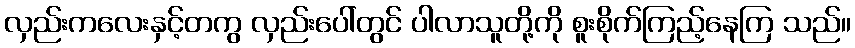
လှည်းကလေးနှင့်တကွ လှည်းပေါ်တွင် ပါလာသူတို့ကို စူးစိုက်ကြည့်နေကြ သည်။